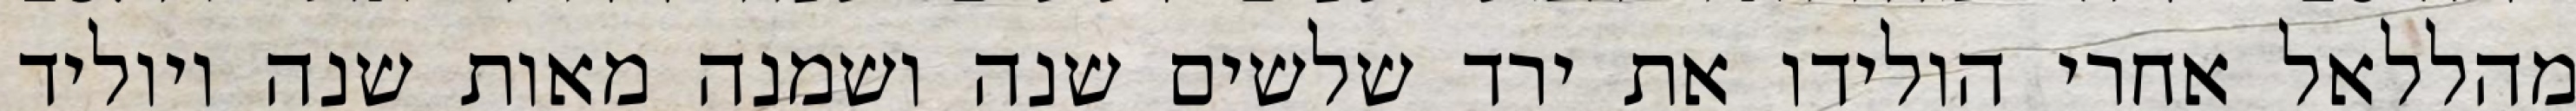
מהללאל אחרי הולידו את ירד שלשים שנה ושמנה מאות שנה ויוליד